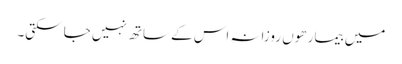
میں بیمار ھوں روزانہ اس کے ساتھ نہیں جا سکتی۔